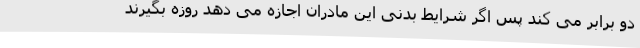
دو برابر می کند پس اگر شرایط بدنی این مادران اجازه می دهد روزه بگیرند